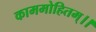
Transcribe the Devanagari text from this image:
काममोहितम्।।